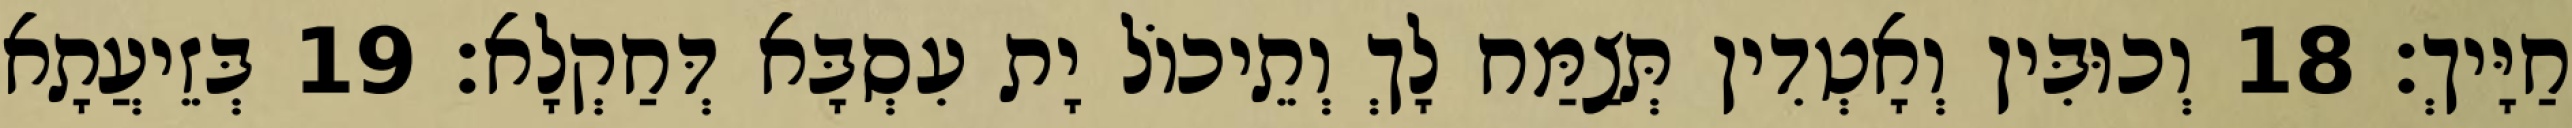
חַיָּיךְ׃ 18 וְכוּבִּין וְאָטְדִין תְּצַמַּח לָךְ וְתֵיכוֹל יָת עִסְבָּא דְּחַקְלָא׃ 19 בְּזֵיעֲתָא